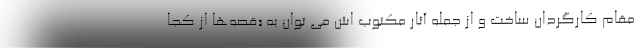
مقام کارگردان ساخت و از جمله آثار مکتوب اش می توان به «قصه‌ها از کجا